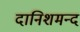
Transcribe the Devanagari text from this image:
दानिशमन्द